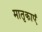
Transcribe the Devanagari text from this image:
मातृकाएं